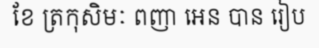
ខែ ត្រកុសិមៈ ពញា អេន បាន រៀប